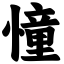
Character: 憧